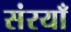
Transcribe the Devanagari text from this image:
संरयाँ